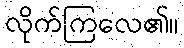
လိုက်ကြလေ၏။